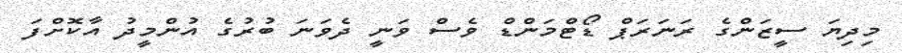
މިދިޔަ ސީޒަންގެ ރަނަރަޕް ޑޯޓްމަންޑް ވެސް ވަނީ ދެވަނަ ބުރުގެ އުންމީދު އާކޮށްފަ